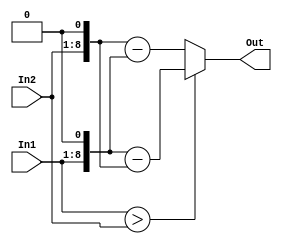
module Diff_2(     
	input wire 	[7:0]	In1,
	input wire 	[7:0]	In2,
	output wire	[8:0]	Out
);
	always @(*) 
		if (In1 > In2 )
			Out = (In1<<1) - (In2<<1);
		else
			Out = (In2<<1) - (In1<<1);	
endmodule